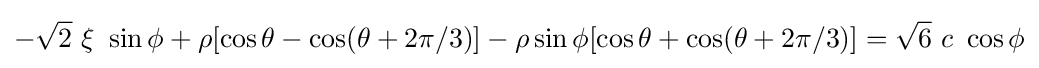
-{\sqrt {2}}~\xi ~\sin \phi +\rho [\cos \theta -\cos(\theta +2\pi /3)]-\rho \sin \phi [\cos \theta +\cos(\theta +2\pi /3)]={\sqrt {6}}~c~\cos \phi